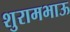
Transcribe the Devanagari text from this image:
शुरामभाऊ